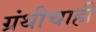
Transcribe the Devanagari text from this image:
ग्रंथीचाही